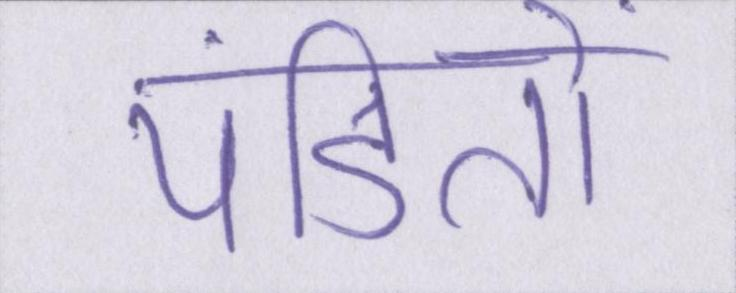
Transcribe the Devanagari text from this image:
पंडितों